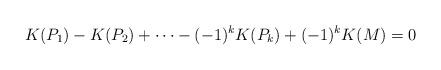
LaTeX: \begin{align*}K(P_1) -K(P_2) +\dots- (-1)^kK(P_k)+(-1)^k K(M) =0\end{align*}